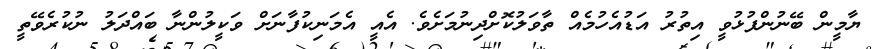
ޔާމީން ބޭނުންފުޅުވީ އިތުރު އަޑުއެހުމެއް ތާވަލުކޮށްދިނުމަށެވެ. އެއީ އެމަނިކުފާނަށް ވަކީލުންނާ ބައްދަލު ނުކުރެވޭތީ